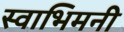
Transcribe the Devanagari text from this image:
स्वाभिमनी